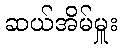
ဆယ်အိမ်မှူး